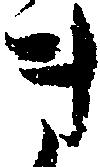
き